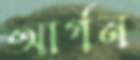
আর্গন